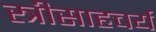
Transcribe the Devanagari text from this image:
स्त्रीसाहचर्य